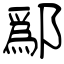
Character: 鄬